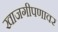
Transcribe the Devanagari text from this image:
खाजगीपणावर